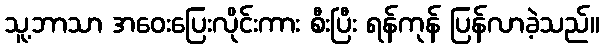
သူ့ဘာသာ အဝေးပြေးလိုင်းကား စီးပြီး ရန်ကုန် ပြန်လာခဲ့သည်။